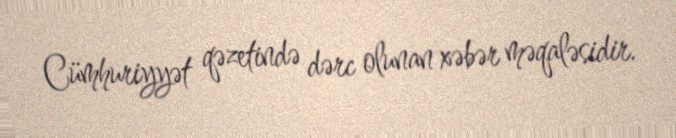
Cümhuriyyət qəzetində dərc olunan xəbər məqaləsidir.